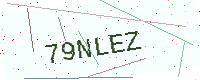
Text: 79NLEZ